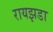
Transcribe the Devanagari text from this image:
रायझडा